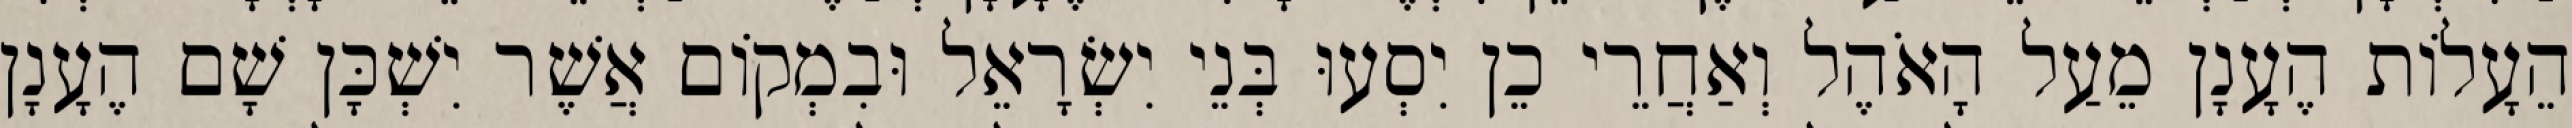
הֵעָלוֹת הֶעָנָן מֵעַל הָאֹהֶל וְאַחֲרֵי כֵן יִסְעוּ בְּנֵי יִשְׂרָאֵל וּבִמְקוֹם אֲשֶׁר יִשְׁכָּן שָׁם הֶעָנָן